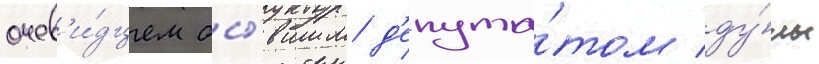
очев'и́дцем бы́вшим д'епута́том ду́мы